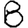
Digit: 8